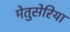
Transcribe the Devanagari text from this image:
मेतुसेरिया